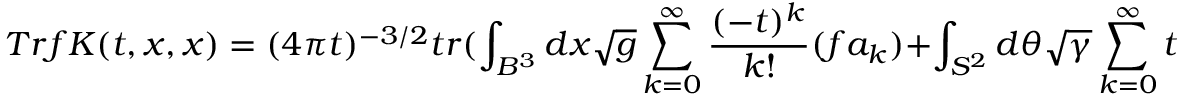
T r f K ( t , x , x ) = ( 4 \pi t ) ^ { - 3 / 2 } t r ( \int _ { B ^ { 3 } } d x \sqrt { g } \sum _ { k = 0 } ^ { \infty } \frac { ( - t ) ^ { k } } { k ! } ( f a _ { k } ) + \int _ { S ^ { 2 } } d \theta \sqrt { \gamma } \sum _ { k = 0 } ^ { \infty } t ^ { \frac { k + 1 ` } { 2 } } c _ { \frac { k + 1 } { 2 } } ( f ) )